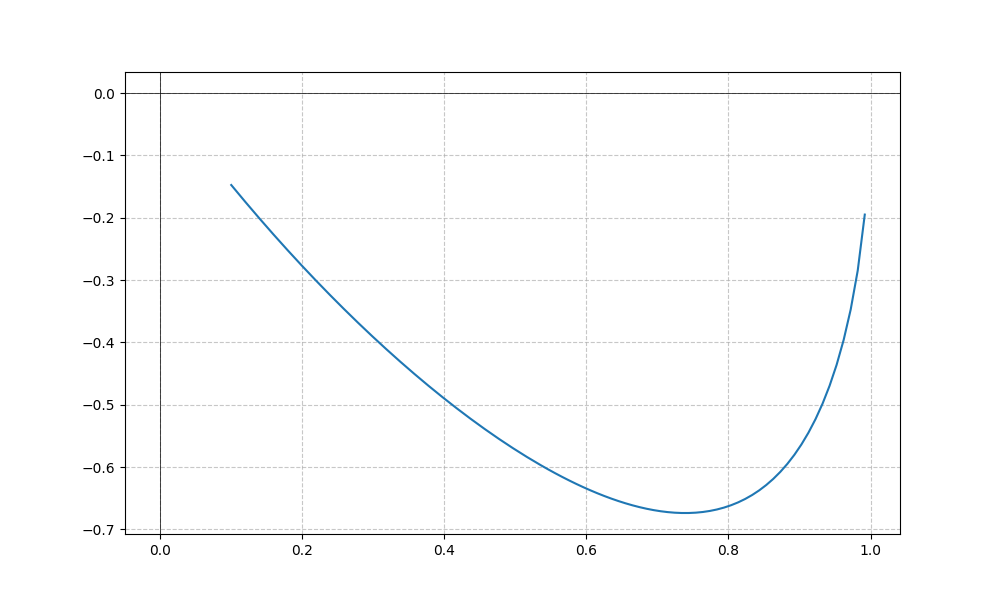
LaTeX formula: - \tan{\left(x \right)} \operatorname{acos}{\left(x \right)}